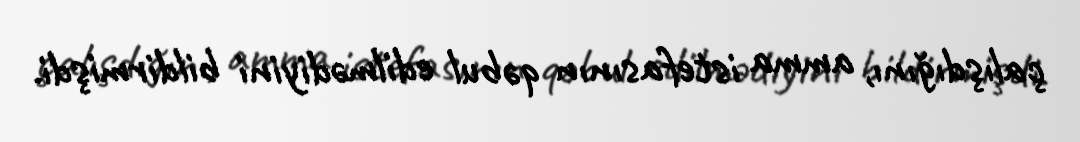
çalışdığını, amma istefasının qəbul edilmədiyini bildirmişdi.